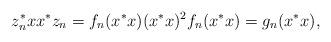
LaTeX: \begin{align*}z_n^* xx^* z_n=f_n(x^*x) (x^*x)^2 f_n(x^*x)=g_n(x^*x),\end{align*}